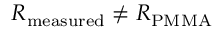
R _ { \mathrm { { m e a s u r e d } } } \neq R _ { \mathrm { { P M M A } } }